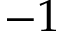
- 1